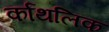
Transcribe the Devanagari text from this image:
र्कांथलिक